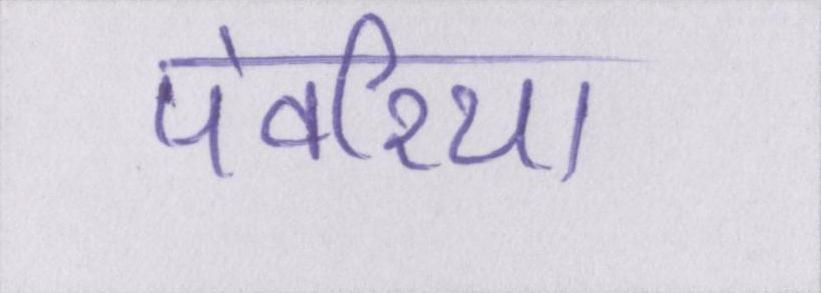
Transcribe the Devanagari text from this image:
पंवरिया